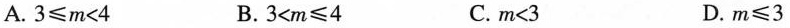
A. $$3 ≤ m < 4$$ B. $$3 < m ≤ 4$$ C. $$m < 3$$ D. $$m ≤ 3$$